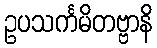
ဥပသင်္ကမိတဗ္ဗာနိ